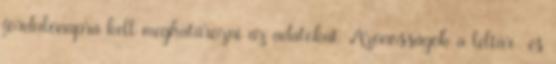
fordulónapra kell meghatározni az adatokat. Azonosságok a leltár- és